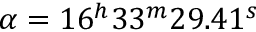
\alpha = 1 6 ^ { h } 3 3 ^ { m } 2 9 . 4 1 ^ { s }